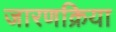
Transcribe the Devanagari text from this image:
जारणक्रिया